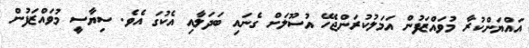
އައްޔަންކުރާ މުވައްޒަފުން އަމަލުކުރަންޖެހޭ އުސޫލަށް ގެނައި ބަދަލާއި އެކުގަ އެވެ. ސިޔާސީ މުވައްޒަފުން